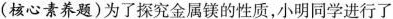
(核心素养题)为了探究金属镁的性质，小明同学进行了